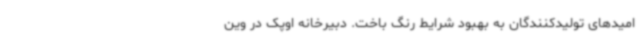
امیدهای تولیدکنندگان به بهبود شرایط رنگ باخت. دبیرخانه اوپک در وین